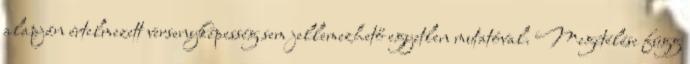
alapján értelmezett versenyképesség sem jellemezhető egyetlen mutatóval. Megítélése függ